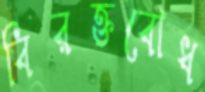
বিরক্তবোধ